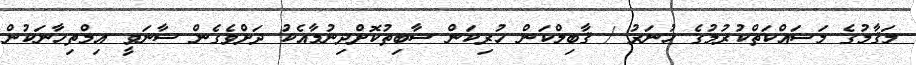
މަޤާމުގެ މަސައްކަތްކުރުމުގެ ހުނަރު / ޤާބިލްކަން ހުރިކަން ސާބިތުކޮށްދިނުމާއެކު ދަށްވެގެން ސާނަވީ އިމްތިހާނަކުން